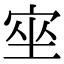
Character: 𡨠